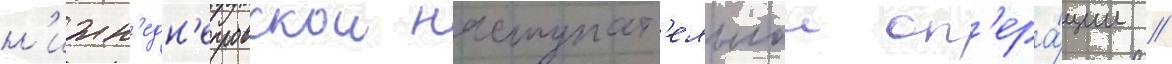
н'ижн'едн'епровскои наступат'ельнои оп'ера́ции //